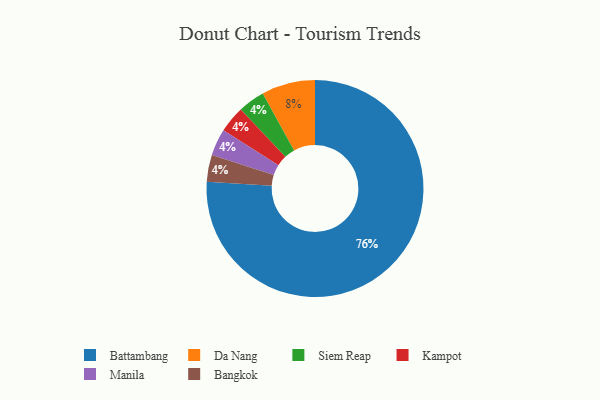
{"axis": {"x": "Category", "y": "Percentage"}, "legend": ["Bangkok", "Battambang", "Da Nang", "Kampot", "Manila", "Siem Reap"], "data": [{"x": "Da Nang", "y": 8, "type": "Da Nang"}, {"x": "Siem Reap", "y": 4, "type": "Siem Reap"}, {"x": "Kampot", "y": 4, "type": "Kampot"}, {"x": "Battambang", "y": 76, "type": "Battambang"}, {"x": "Manila", "y": 4, "type": "Manila"}, {"x": "Bangkok", "y": 4, "type": "Bangkok"}]}